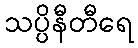
သပ္ပိနီတီရေ